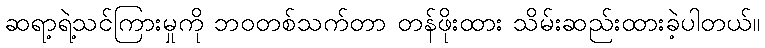
ဆရာ့ရဲ့သင်ကြားမှုကို ဘဝတစ်သက်တာ တန်ဖိုးထား သိမ်းဆည်းထားခဲ့ပါတယ်။